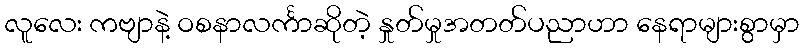
လူလေး ကဗျာနဲ့ ဝစနာလင်္ကာဆိုတဲ့ နှုတ်မှုအတတ်ပညာဟာ နေရာများစွာမှာ